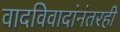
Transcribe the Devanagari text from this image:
वादविवादांनंतरही